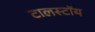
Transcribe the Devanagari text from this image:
टालस्टॉय